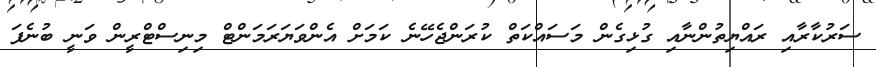
ސަރުކާރާއި ރައްޔިތުންނާއި ގުޅިގެން މަސައްކަތް ކުރަންޖެހޭނެ ކަމަށް އެންވަޔަރަމަންޓް މިނިސްޓްރީން ވަނީ ބުނެފަ